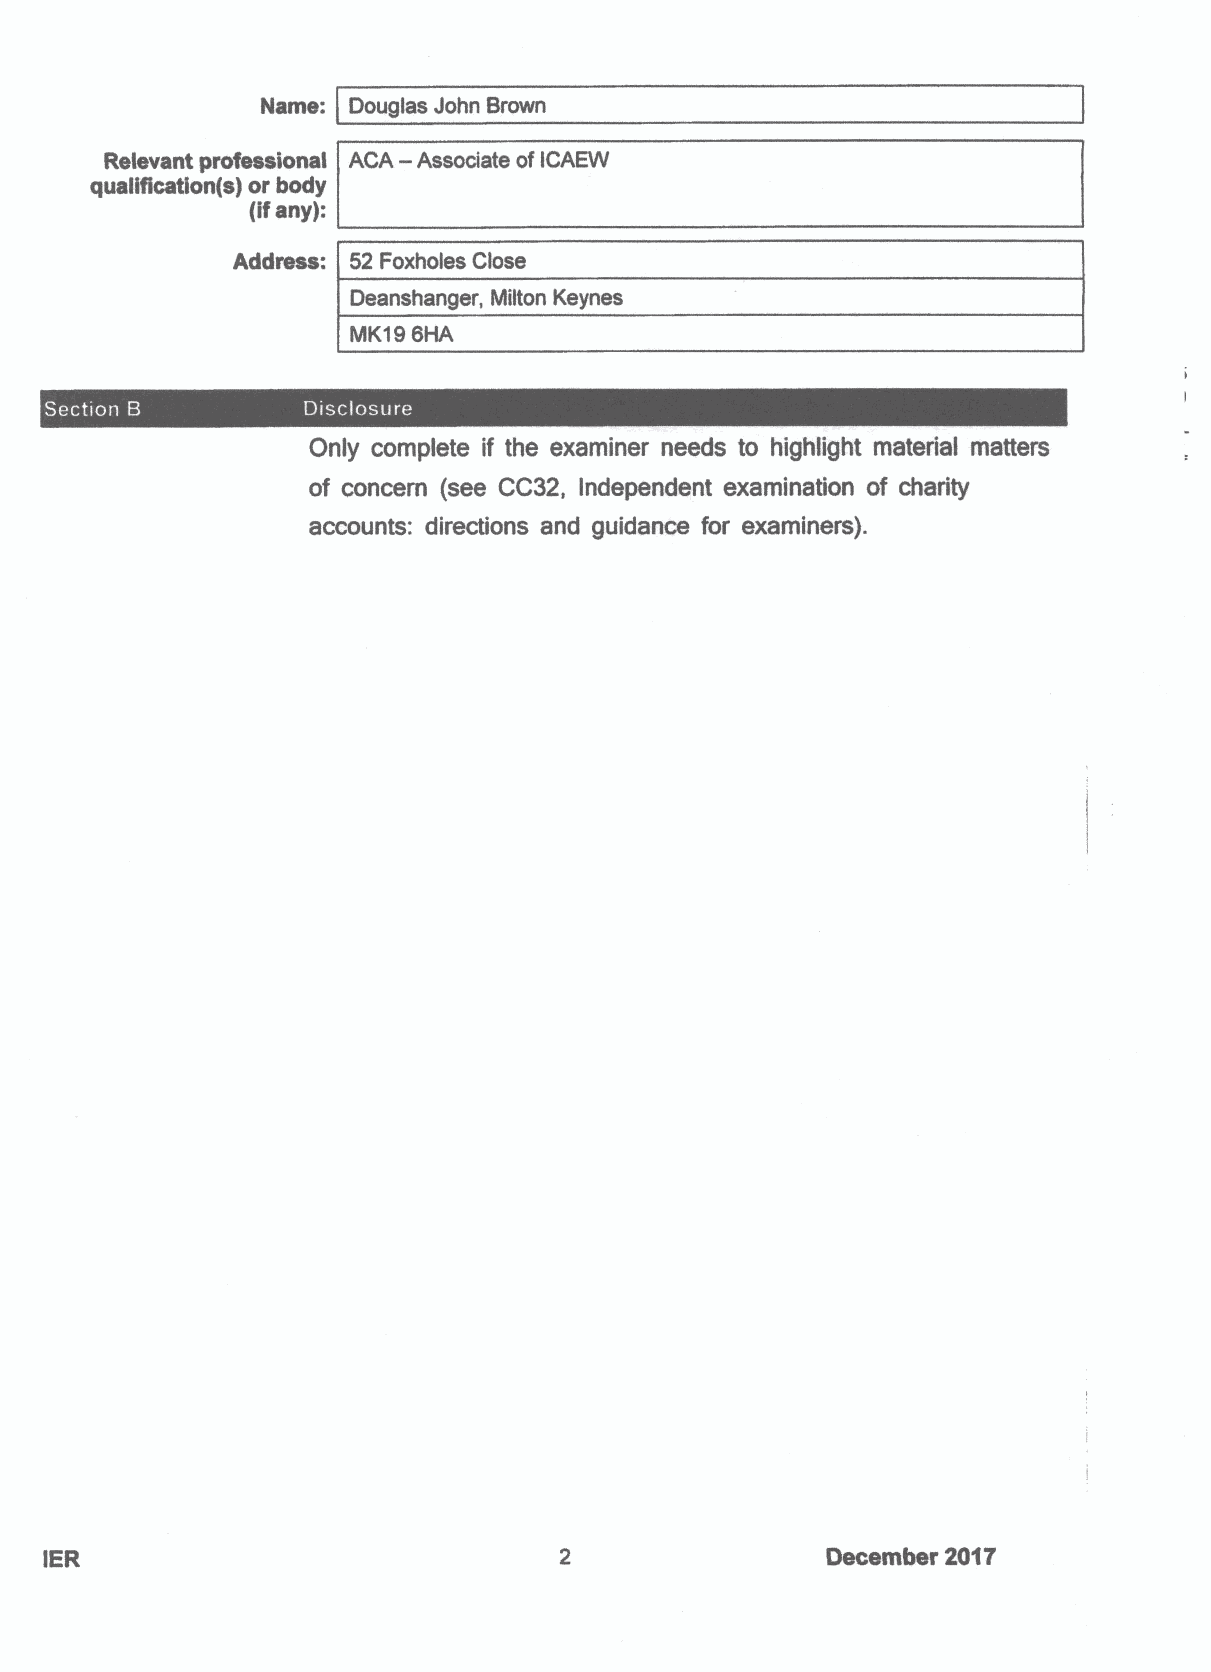
Name". Douglas John Brown
 —
 Relevant professional ACA Associate ofICAEW
 qualification{s) or body
 {ifany):
 Address: 52 Foxholes Close
 Deanshanger, Milton Keynes
 MK196HA
 s
 ~
 Only complete if the examiner needs to highlight material matters
 of concern (see CC32, Independent examination of charity
 accounts: directions and guidance for examiners).
 IER                                                 December 2017